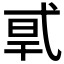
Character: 𰐎